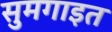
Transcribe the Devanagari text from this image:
सुमगाइत